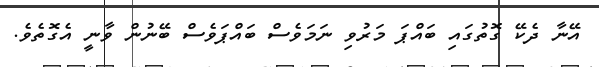
އޭނާ ދެކޭ ގޮތުގައި ބައްޕަ މަރުވި ނަމަވެސް ބައްޕަވެސް ބޭނުން ވާނީ އެގޮތެވެ.